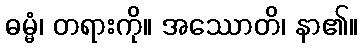
ဓမ္မံ၊ တရားကို။ အဿောတိ၊ နာ၏။